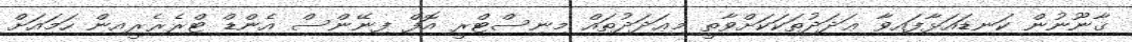
ޤާނޫނުން ކަނޑައަޅާފައިވާ ޢަދަދުތަކަކަށްވާތީ މިޢަދަދުތައް މިނިސްޓްރީ އޮފް ފިނޭންސް އެންޑް ޓްރެޜެރީއިން ހަމައަށް